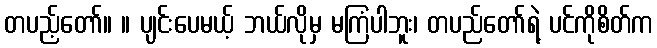
တပည့်တော်။ ။ ပျင်းပေမယ့် ဘယ်လိုမှ မကြံပါဘူး၊ တပည်တော်ရဲ့ ပင်ကိုစိတ်က